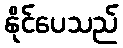
နိုင်ပေသည်